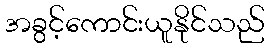
အခွင့်ကောင်းယူနိုင်သည်